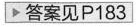
答案见P183